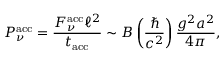
P _ { \nu } ^ { \mathrm { a c c } } = \frac { F _ { \nu } ^ { \mathrm { a c c } } \ell ^ { 2 } } { t _ { \mathrm { a c c } } } \sim { \cal B } \left( \frac { \hbar } { c ^ { 2 } } \right) \frac { g ^ { 2 } a ^ { 2 } } { 4 \pi } ,